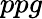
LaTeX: ppg